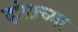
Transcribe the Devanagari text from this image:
दांडाच्या